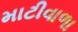
માટીવાળા